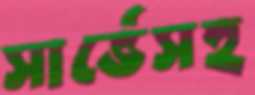
সার্ভেসহ